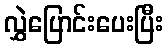
လွှဲပြောင်းပေးပြီး